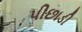
પીછાડી